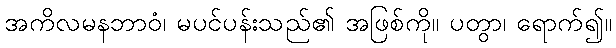
အကိလမနဘာဝံ၊ မပင်ပန်းသည်၏ အဖြစ်ကို။ ပတွာ၊ ရောက်၍။